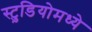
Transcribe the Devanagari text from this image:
स्टु़डियोमध्ये